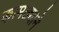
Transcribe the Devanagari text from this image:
कामठ्याने